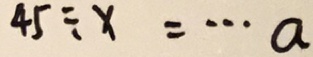
4 5 \div x = \cdots a